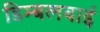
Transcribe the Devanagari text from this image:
डिम्बलबाई